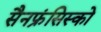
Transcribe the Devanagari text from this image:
सैनफ्रंसिस्को